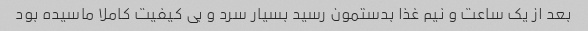
بعد از یک ساعت و نیم غذا بدستمون رسید بسیار سرد و بی کیفیت کاملا ماسیده بود